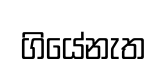
ගියේනැත